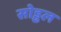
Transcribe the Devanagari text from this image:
सोड्ढल